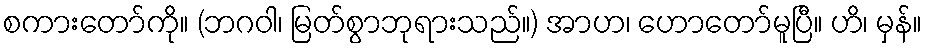
စကားတော်ကို။ (ဘဂဝါ၊ မြတ်စွာဘုရားသည်။) အာဟ၊ ဟောတော်မူပြီ။ ဟိ၊ မှန်။